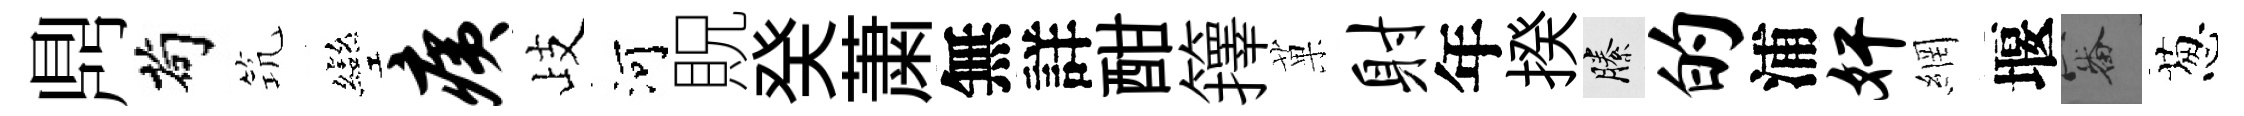
𪔂茍𥬑彎痍歧河貺癸䔥無詳酣籜菓射年揆縢的浦奸網堰審葱